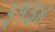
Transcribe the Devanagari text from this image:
३१३४